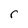
Character: r